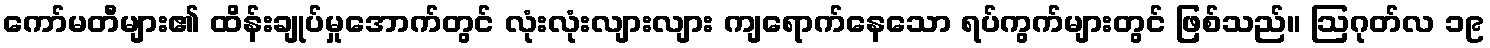
ကော်မတီများ၏ ထိန်းချုပ်မှုအောက်တွင် လုံးလုံးလျားလျား ကျရောက်နေသော ရပ်ကွက်များတွင် ဖြစ်သည်။ ဩဂုတ်လ ၁၉